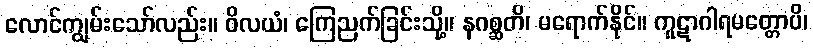
လောင်ကျွမ်းသော်လည်း။ ဝိလယံ၊ ကြေညက်ခြင်းသို့။ နဂစ္ဆတိ၊ မရောက်နိုင်။ ကူဋာဂါရမတ္တောပိ၊